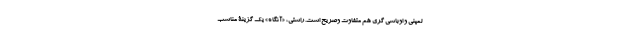
لمپنی و اوباشی گری هم متفاوت وصریح است. راستی، «آنگاه» یک گزینۀ مناسب